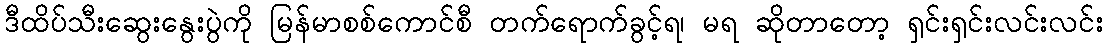
ဒီထိပ်သီးဆွေးနွေးပွဲကို မြန်မာစစ်ကောင်စီ တက်ရောက်ခွင့်ရ၊ မရ ဆိုတာတော့ ရှင်းရှင်းလင်းလင်း